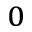
_ 0